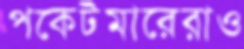
পকেটমারেরাও